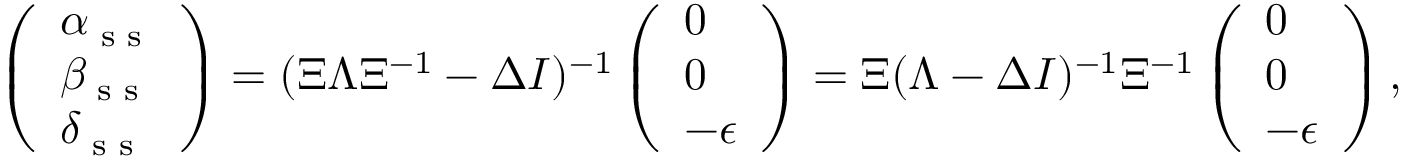
\left( \begin{array} { l } { \alpha _ { \textrm { s s } } } \\ { \beta _ { \textrm { s s } } } \\ { \delta _ { \textrm { s s } } } \end{array} \right) = ( \Xi \Lambda \Xi ^ { - 1 } - \Delta I ) ^ { - 1 } \left( \begin{array} { l } { 0 } \\ { 0 } \\ { - \epsilon } \end{array} \right) = \Xi ( \Lambda - \Delta I ) ^ { - 1 } \Xi ^ { - 1 } \left( \begin{array} { l } { 0 } \\ { 0 } \\ { - \epsilon } \end{array} \right) ,